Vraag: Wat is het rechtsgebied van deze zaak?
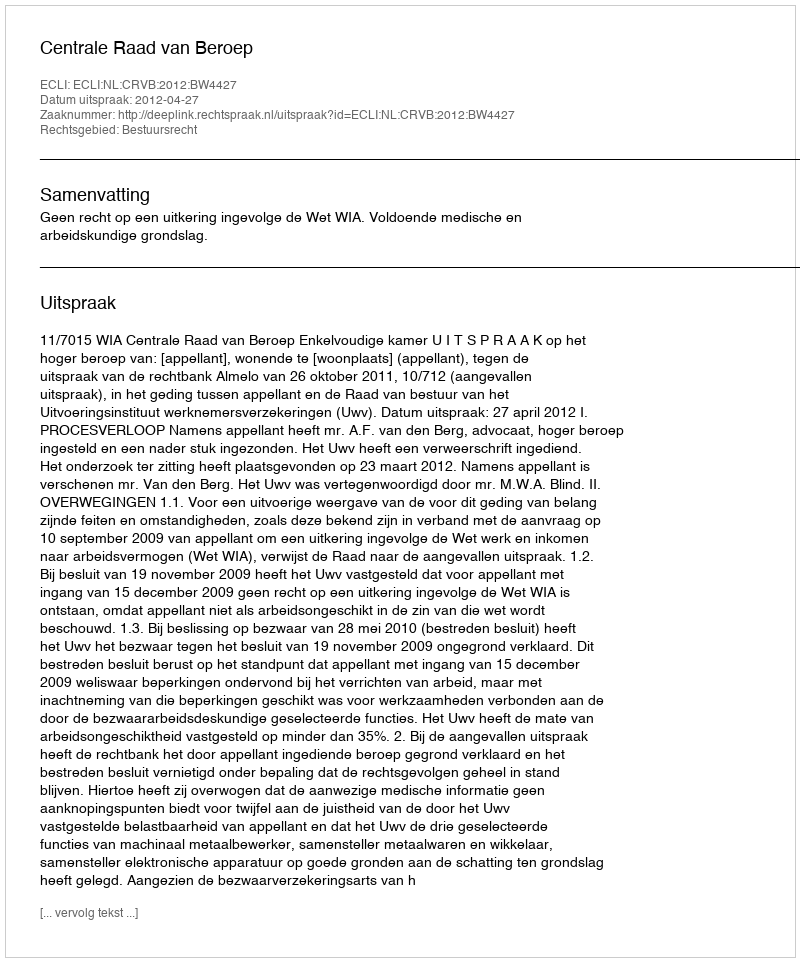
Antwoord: Bestuursrecht